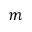
m